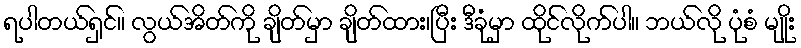
ရပါတယ်ရှင်။ လွယ်အိတ်ကို ချိတ်မှာ ချိတ်ထား၊ပြီး ဒီခုံမှာ ထိုင်လိုက်ပါ။ ဘယ်လို ပုံစံ မျိုး